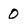
Character: 0